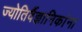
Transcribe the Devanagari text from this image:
ज्योतिर्वैज्ञानिकांना